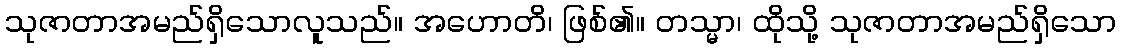
သုဇာတာအမည်ရှိသောလူသည်။ အဟောတိ၊ ဖြစ်၏။ တသ္မာ၊ ထိုသို့ သုဇာတာအမည်ရှိသော